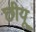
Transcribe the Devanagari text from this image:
छीयू